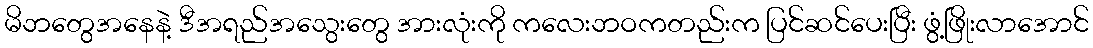
မိဘတွေအနေနဲ့ ဒီအရည်အသွေးတွေ အားလုံးကို ကလေးဘဝကတည်းက ပြင်ဆင်ပေးပြီး ဖွံ့ဖြိုးလာအောင်